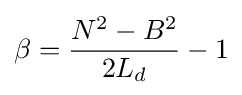
\beta ={\frac {N^{2}-B^{2}}{2L_{d}}}-1